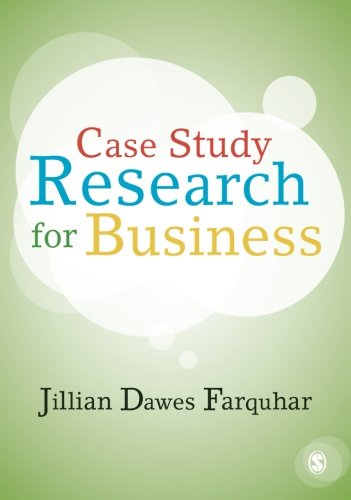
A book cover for Case Study Research for Business; Jillian Dawes Farquhar; Business & Money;